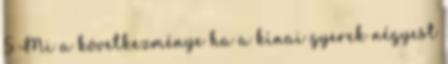
5 Mi a következménye ha a kínai gyerek négyest